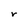
Character: r